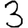
Digit: 3